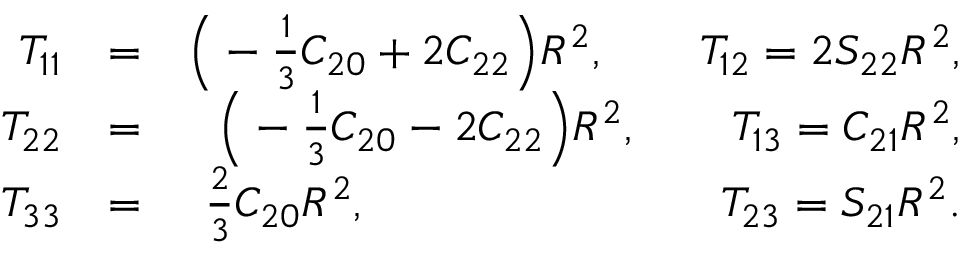
\begin{array} { r l r } { { \cal T } _ { 1 1 } } & { = } & { \Big ( - { \textstyle \frac { 1 } { 3 } } C _ { 2 0 } + 2 C _ { 2 2 } \Big ) R ^ { 2 } , \qquad { \cal T } _ { 1 2 } = 2 S _ { 2 2 } R ^ { 2 } , } \\ { { \cal T } _ { 2 2 } } & { = } & { \Big ( - { \textstyle \frac { 1 } { 3 } } C _ { 2 0 } - 2 C _ { 2 2 } \Big ) R ^ { 2 } , \qquad { \cal T } _ { 1 3 } = C _ { 2 1 } R ^ { 2 } , } \\ { { \cal T } _ { 3 3 } } & { = } & { { \textstyle \frac { 2 } { 3 } } C _ { 2 0 } R ^ { 2 } , \qquad \qquad \qquad \quad ~ ~ { \cal T } _ { 2 3 } = S _ { 2 1 } R ^ { 2 } . } \end{array}